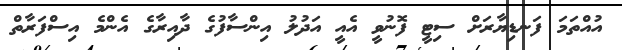
އުއްތަމަ ފަނޑިޔާރަށް ސިޓީ ފޮނުވީ އެއީ އަދުލު އިންސާފުގެ ދާއިރާގެ އެންމެ އިސްފަރާތް